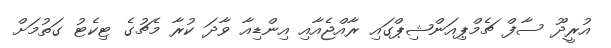
އުރީދޫ ސާފް ޗެމްޕިއަންޝިޕްގައި ރާއްޖެއާއި އިންޑިއާ ވާދަ ކުރާ މެޗުގެ ޓިކެޓު ގަތުމަށް